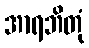
အာရဘိတုံ